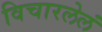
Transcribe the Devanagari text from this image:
विचारलेलं